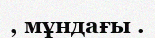
, мұндағы .